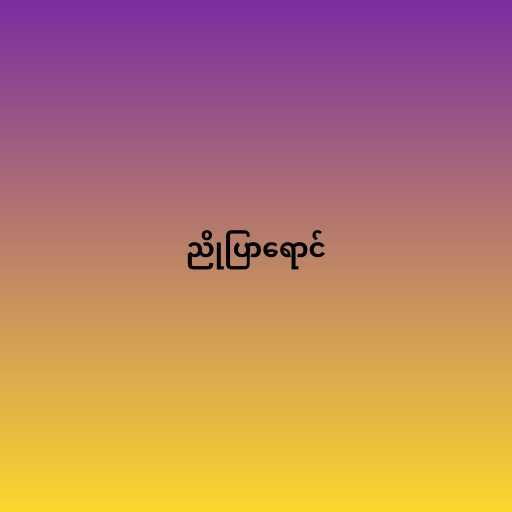
ညိုပြာရောင်